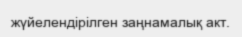
жүйелендірілген заңнамалық акт.